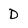
Character: D